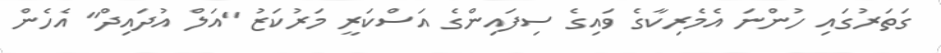
ގަތަރުގައި ހުންނަ އެމެރިކާގެ ވައިގެ ސިފައިންގެ އަސްކަރީ މަރުކަޒު "އަލް އުދައިދް" އެހެން